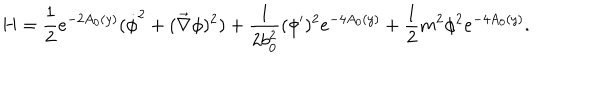
H = \frac { 1 } { 2 } e ^ { - 2 A _ { 0 } ( y ) } ( \dot { \phi } ^ { 2 } + ( \vec { \nabla } \phi ) ^ { 2 } ) + \frac { 1 } { 2 b _ { 0 } ^ { 2 } } ( \phi ^ { \prime } ) ^ { 2 } e ^ { - 4 A _ { 0 } ( y ) } + \frac { 1 } { 2 } m ^ { 2 } \phi ^ { 2 } e ^ { - 4 A _ { 0 } ( y ) } .